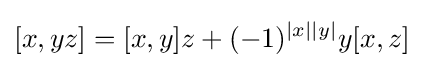
[x,yz]=[x,y]z+(-1)^{|x||y|}y[x,z]